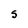
Character: s